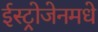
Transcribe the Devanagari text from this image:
ईस्ट्रोजेनमधे